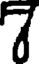
7